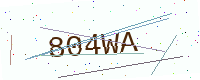
Text: 804WA